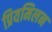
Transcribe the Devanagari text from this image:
प्रियमिलन